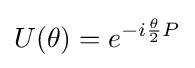
U(\theta )=e^{-i{\frac {\theta }{2}}P}